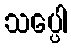
သပ္ပေါ